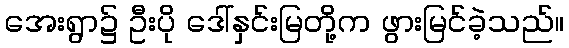
အေးရွာ၌ ဦးပို ဒေါ်နှင်းမြတို့က ဖွားမြင်ခဲ့သည်။